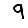
Digit: 9